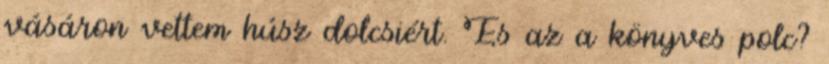
vásáron vettem húsz dolcsiért. És az a könyves polc?